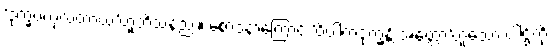
‘ဒုက္ခဗဟုလတာယ’ဟူဘိသနည်း။ စောဒနာကြောင့် ‘ဝိပါကဒုက္ခန္တိ အတ္ထော’ဟူသော ပါဌ်ကို